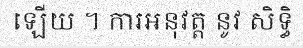
ឡើយ ។ ការអនុវត្ត នូវ សិទ្ធិ